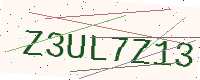
Text: Z3UL7Z13